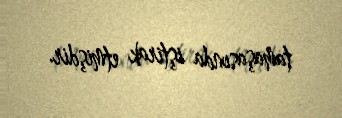
tamaşasında iştirak etmişdir.